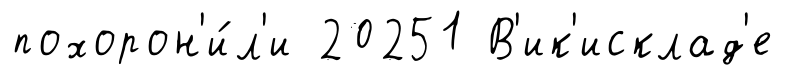
похорон'и́л'и 20251 В'ик'исклад'е